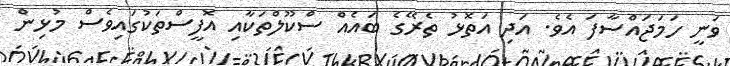
ވަނީ ހަމަޖައްސާފަ އެވެ. އަދި އަތޮޅު ތެރޭގެ ބައެއް ސްކޫލްތަކާއި އޮފީސްތަކުގައިވެސް މުޅިން